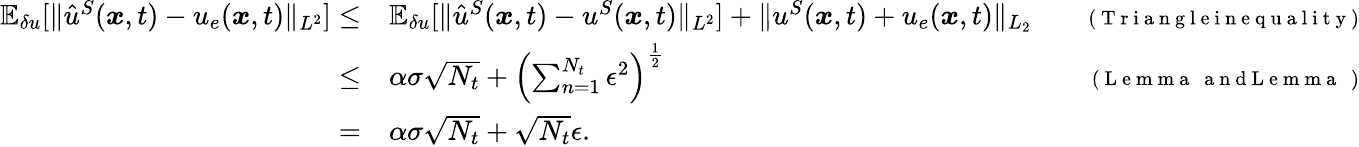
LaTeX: \begin{array}{rlr}{\mathbb{E}_{\delta u}[\| \hat{u}^{S}(\boldsymbol{x},t)-u_{e}(\boldsymbol{x},t)\| _{L^{2}}]\le}&{{}\mathbb{E}_{\delta u}[\| \hat{u}^{S}(\boldsymbol{x},t)-u^{S}(\boldsymbol{x},t)\| _{L^{2}}]+\| u^{S}(\boldsymbol{x},t)+u_{e}(\boldsymbol{x},t)\| _{L_{2}}}&{\quad{\scriptstyle(\mathrm{~T~r~i~a~n~g~l~e~i~n~e~q~u~a~l~i~t~y~})}}\\ {\le}&{{}\alpha\sigma\sqrt{N_{t}}+\left(\sum_{n=1}^{N_{t}}\epsilon^{2}\right)^{\frac{1}{2}}}&{\quad{\scriptstyle(\mathrm{~L~e~m~m~a~~~a~n~d~L~e~m~m~a~~~})}}\\ {=}&{{}\alpha\sigma\sqrt{N_{t}}+\sqrt{N_{t}}\epsilon.}&{}\end{array}